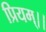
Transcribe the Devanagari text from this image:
प्रियम्।।